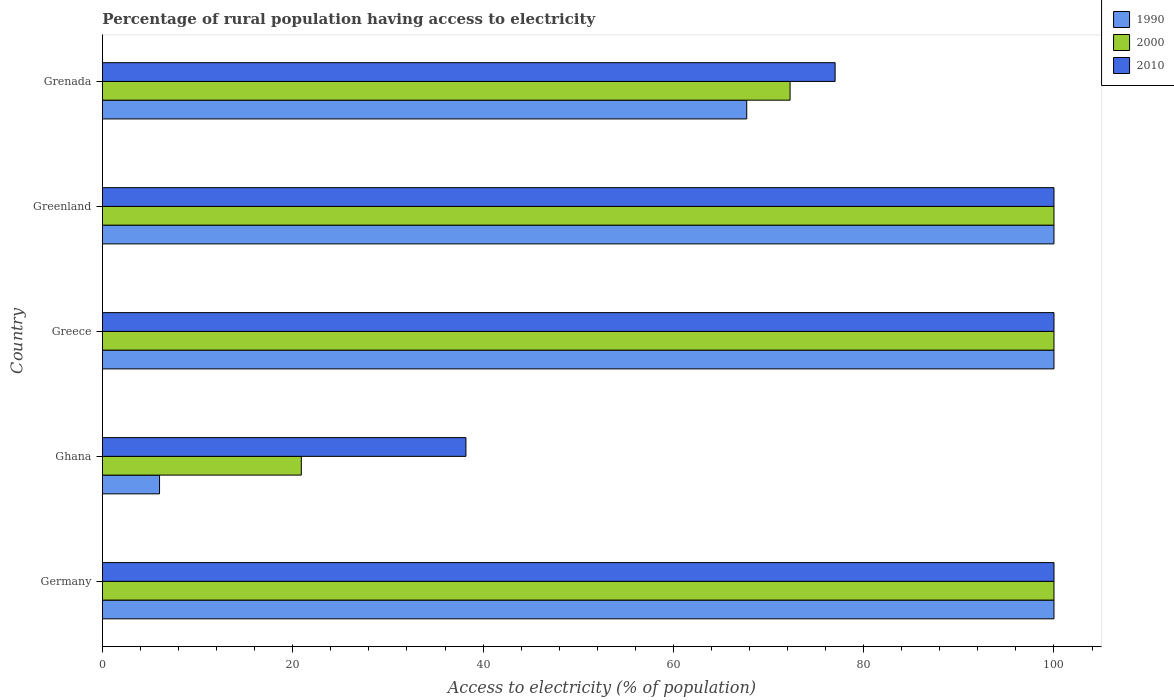
| Country | 1990 | 2000 | 2010 |
 | --- | --- | --- | --- |
 | Germany | 100 | 100 | 100 |
 | Ghana | 6 | 20.9 | 38.2 |
 | Greece | 100 | 100 | 100 |
 | Greenland | 100 | 100 | 100 |
 | Grenada | 67.7 | 72.3 | 77 |